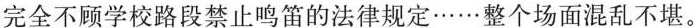
完全不顾学校路段禁止鸣笛的法律规定……整个场面混乱不堪。